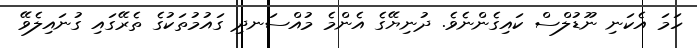
ހަމަ އެކަނި ނޫޑުލްސް ކައިގެންނެވެ. ދުނިޔޭގެ އެންމެ މުއްސަނދި ގައުމުތަކުގެ ތެރޭގައި ގުނައިލެވޭ